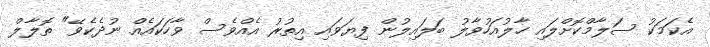
އެކަމަކު ސަލާމްކޮށްލައި ހާލުއަހުވާލު ބަލައިލުން ފިޔަވައި އިތުރު އެއްވެސް ވާހަކައެއް ނުދެކެވޭ" ތޮލާލް